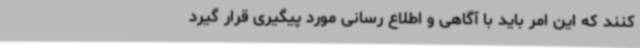
کنند که این امر باید با آگاهی و اطلاع رسانی مورد پیگیری قرار گیرد